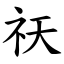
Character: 祆